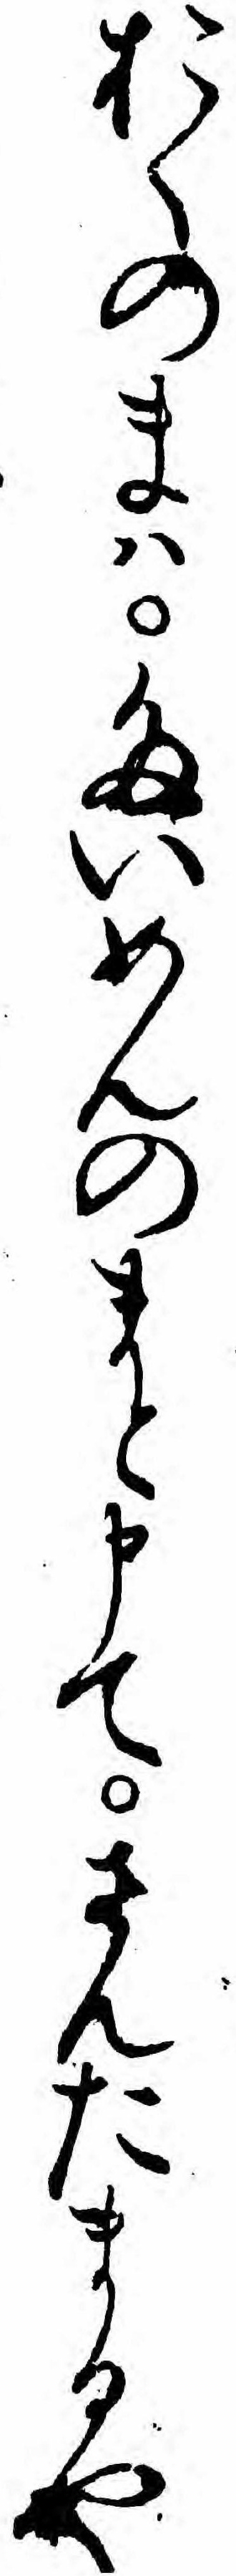
おくのまハたいめんのまと申てさんたまるや